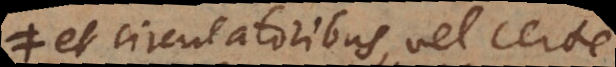
et circulatoribus, vel certe